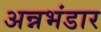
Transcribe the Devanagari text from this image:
अन्नभंडार